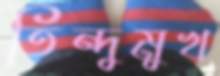
তিন্দুমুখ